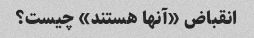
انقباض «آنها هستند» چیست؟